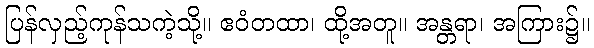
ပြန်လှည့်ကုန်သကဲ့သို့။ ဧဝံတထာ၊ ထို့အတူ။ အန္တရာ၊ အကြား၌။